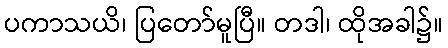
ပကာသယိ၊ ပြတော်မူပြီ။ တဒါ၊ ထိုအခါ၌။